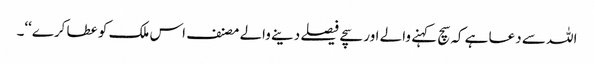
اللہ سے دعا ہے کہ سچ کہنے والے اور سچے فیصلے دینے والے مصنف اس ملک کو عطا کرے‘‘۔